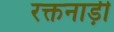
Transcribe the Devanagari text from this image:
रक्तनाड़ी